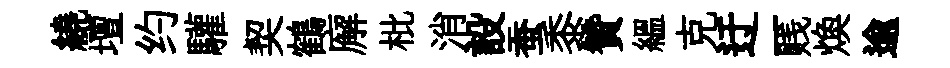
繞壇约驩契鶴廨枇消設蚕黍贊緼克迂一贱焕逾